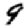
Digit: 9